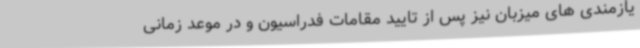
یازمندی های میزبان نیز پس از تایید مقامات فدراسیون و در موعد زمانی